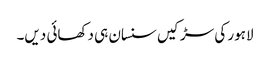
لاہور کی سڑکیں سنسان ہی دکھائی دیں۔